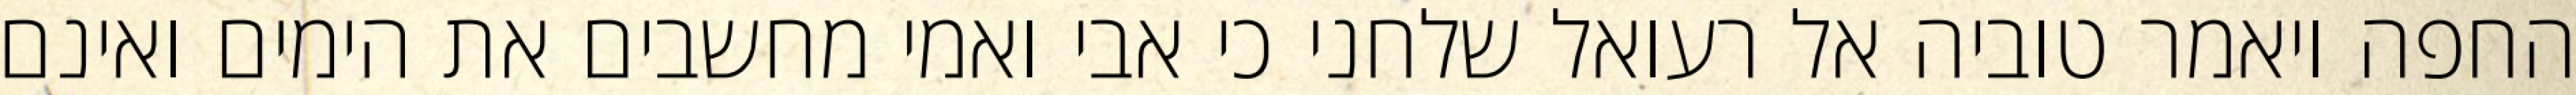
החפה ויאמר טוביה אל רעואל שלחני כי אבי ואמי מחשבים את הימים ואינם